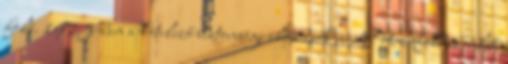
fölé. 1973-ban a kötelező biztonsági előírások miatt "ötmérföldes" első